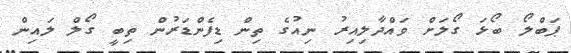
ޕަބްލޯ ބޯޅަ ގޯލަށް ވައްދާލިއިރު ނިއުގެ ތިން ޑިފެންޑަރުން ތިބީ ގޯލް ލައިން